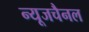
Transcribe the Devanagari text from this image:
न्यूजचैनल